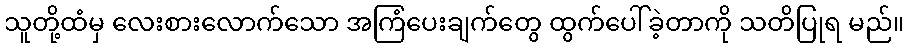
သူတို့ထံမှ လေးစားလောက်သော အကြံပေးချက်တွေ ထွက်ပေါ်ခဲ့တာကို သတိပြုရ မည်။